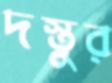
দস্তুর